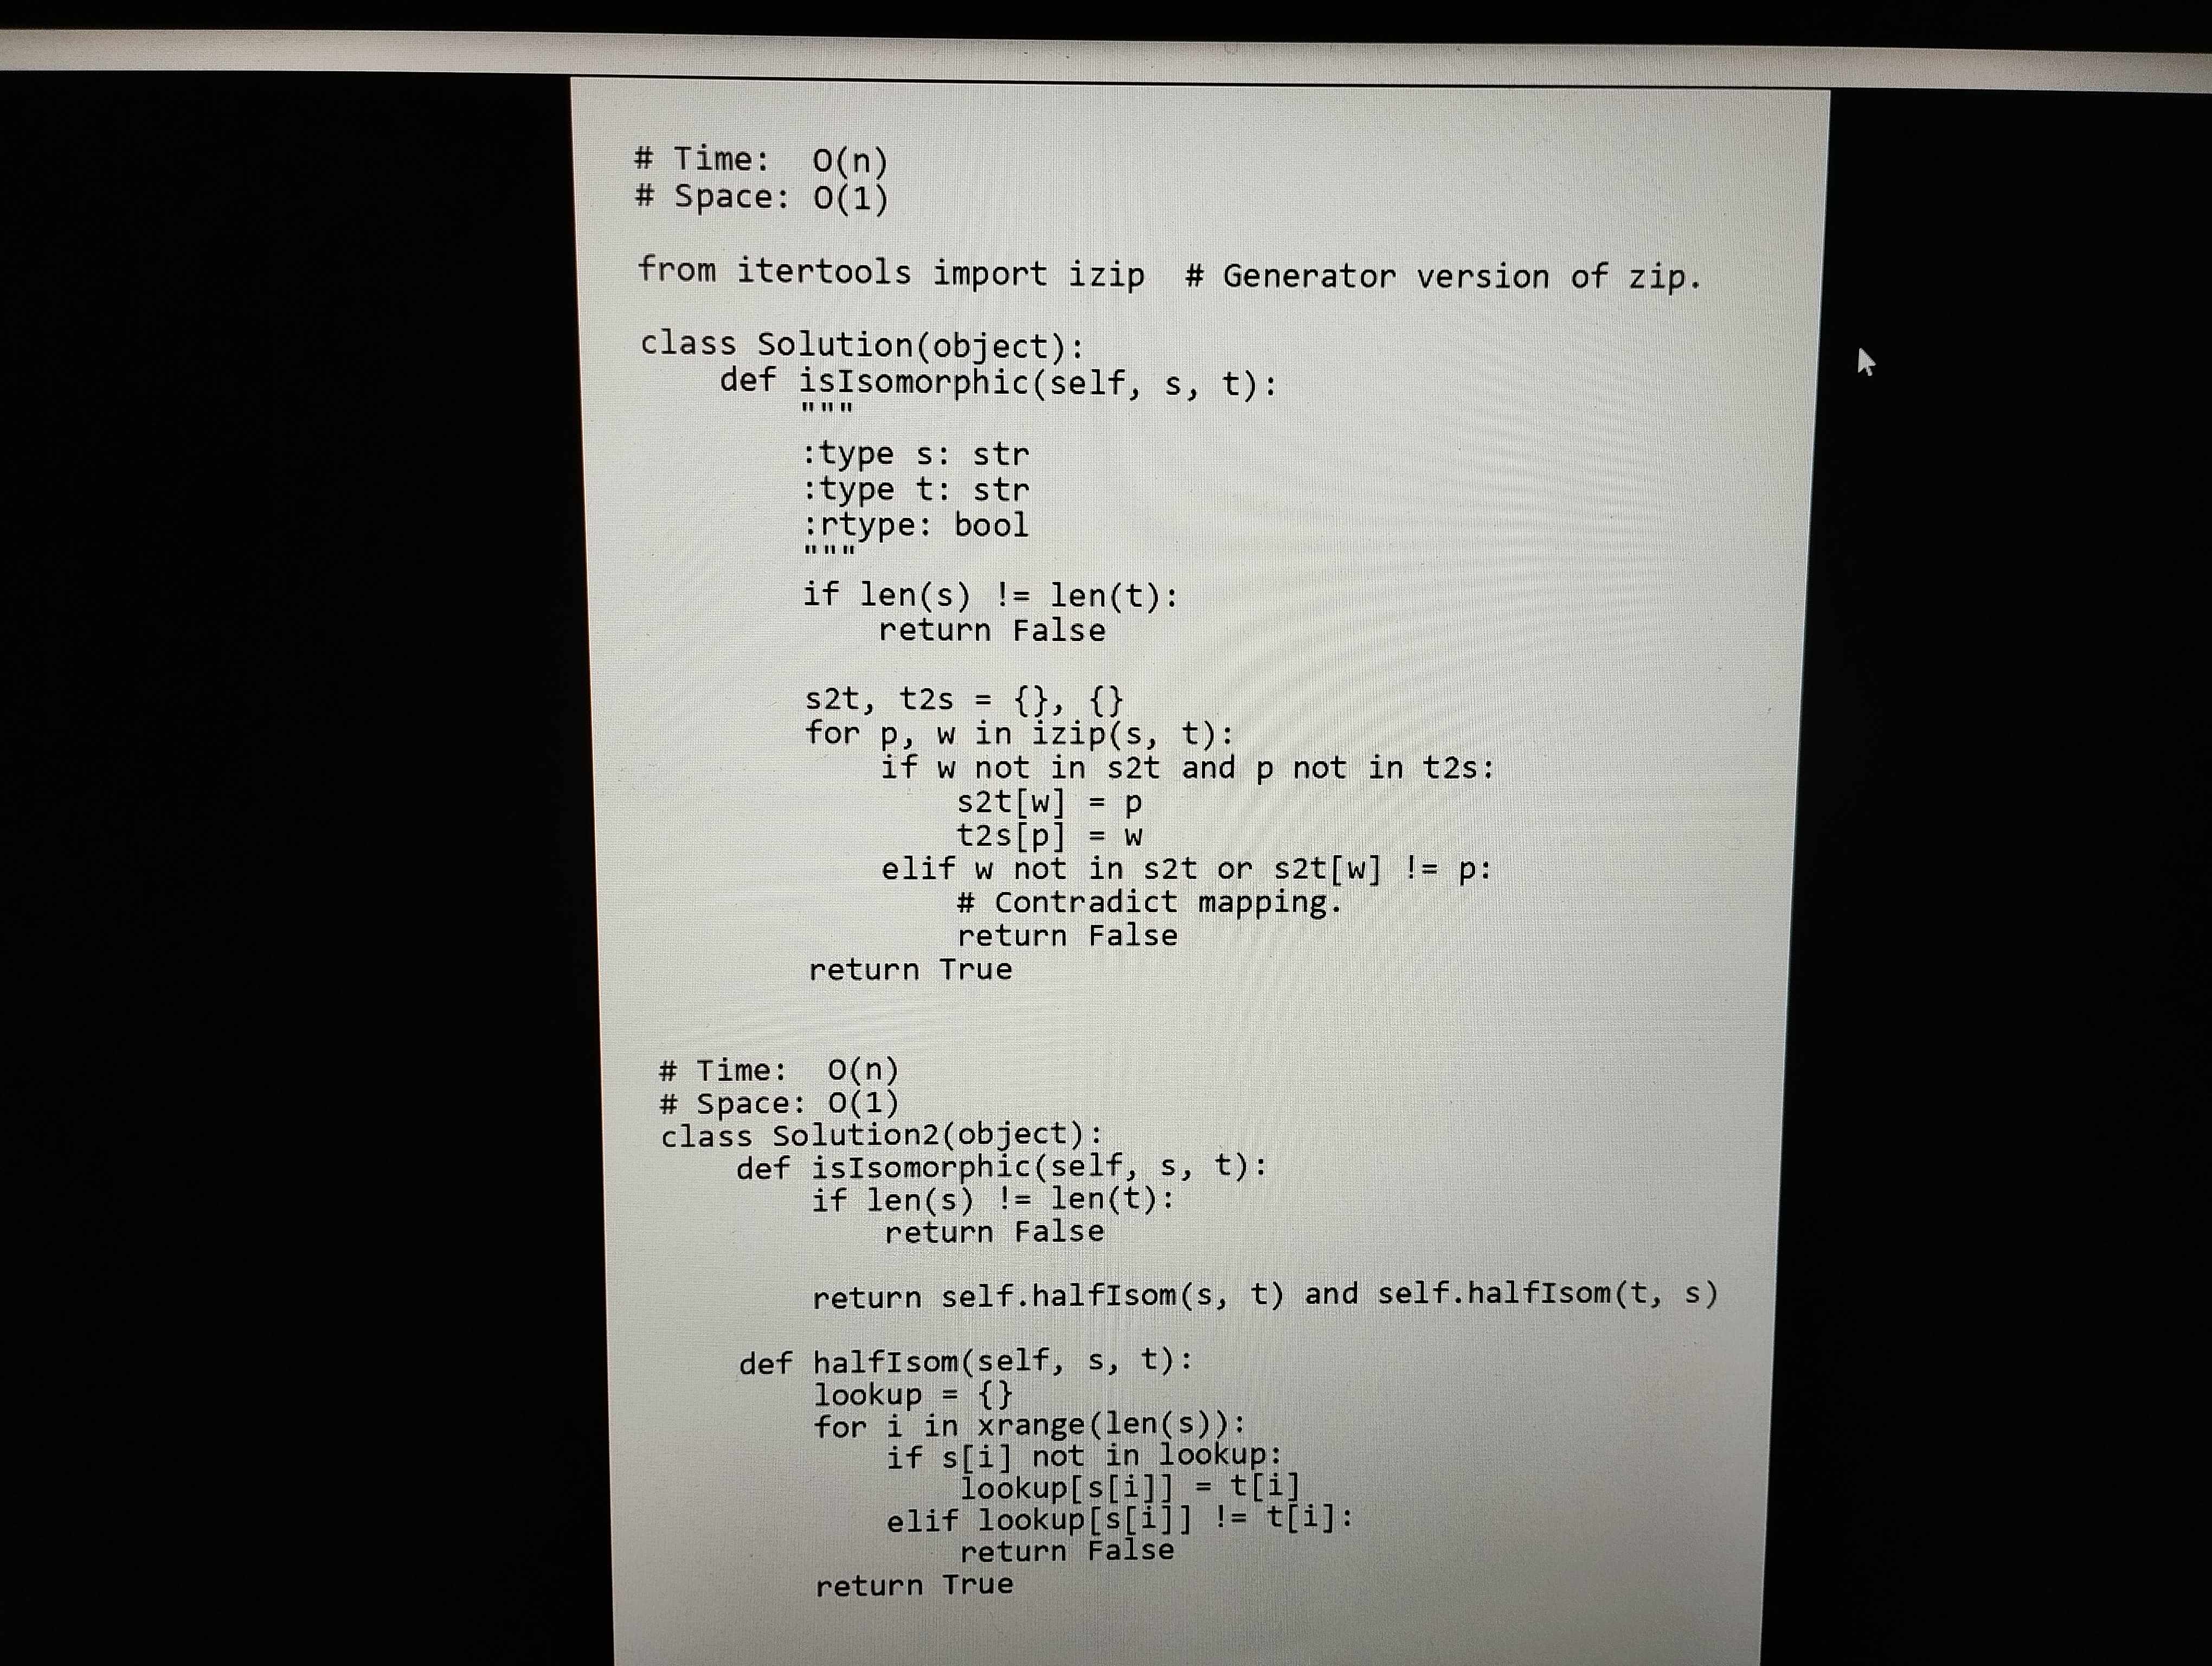
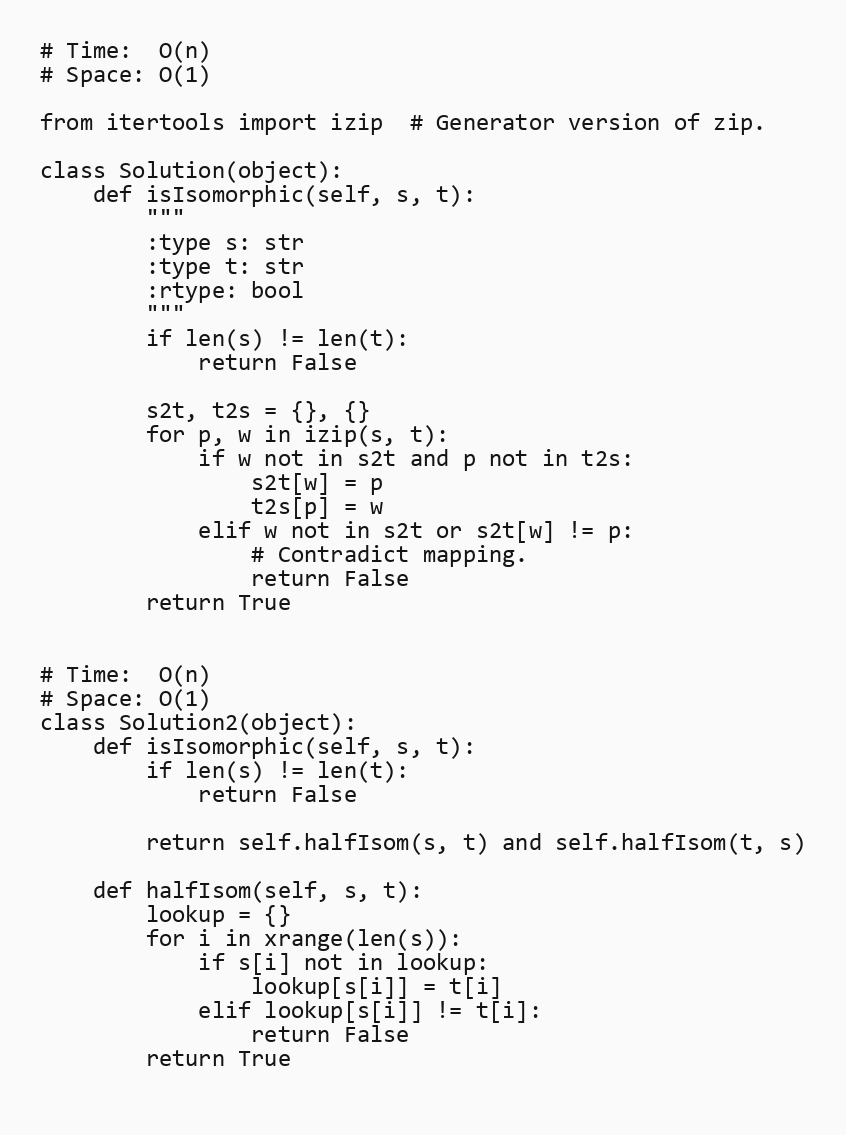
# Time:  O(n)
# Space: O(1)

from itertools import izip  # Generator version of zip.

class Solution(object):
    def isIsomorphic(self, s, t):
        """
        :type s: str
        :type t: str
        :rtype: bool
        """
        if len(s) != len(t):
            return False

        s2t, t2s = {}, {}
        for p, w in izip(s, t):
            if w not in s2t and p not in t2s:
                s2t[w] = p
                t2s[p] = w
            elif w not in s2t or s2t[w] != p:
                # Contradict mapping.
                return False
        return True

# Time:  O(n)
# Space: O(1)
class Solution2(object):
    def isIsomorphic(self, s, t):
        if len(s) != len(t):
            return False

        return self.halfIsom(s, t) and self.halfIsom(t, s)

    def halfIsom(self, s, t):
        lookup = {}
        for i in xrange(len(s)):
            if s[i] not in lookup:
                lookup[s[i]] = t[i]
            elif lookup[s[i]] != t[i]:
                return False
        return True